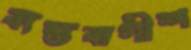
ব্যস্তবাগীশ